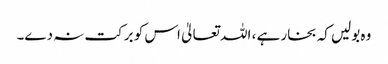
وہ بولیں کہ بخار ہے ، اللہ تعالیٰ اس کو برکت نہ دے۔